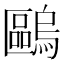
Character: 𠥹